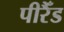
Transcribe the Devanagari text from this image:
पीरैँड